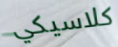
كلاسيكي